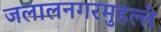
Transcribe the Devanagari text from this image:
जलालनगरमुहल्ले